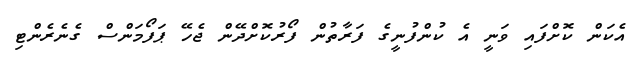
އެކަން ކޮށްފައި ވަނީ އެ ކުންފުނީގެ ފަރާތުން ފޯރުކޮށްދޭން ޖެހޭ ޕަފޯމަންސް ގެނެރެންޓި